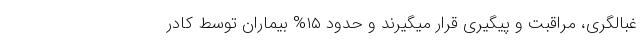
غبالگری، مراقبت و پیگیری قرار میگیرند و حدود ۱۵% بیماران توسط کادر